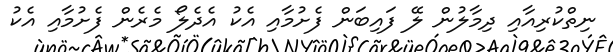
ނިތްކުރިއާއި ދިމާލުން ލޭ ފައިބަން ފެށުމާއި އެކު އެދެލޯ މެރެން ފެށުމާއި އެކު